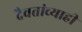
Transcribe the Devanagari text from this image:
दैवतांच्याही